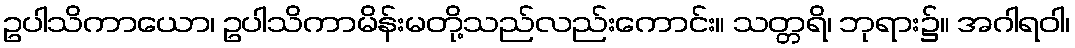
ဥပါသိကာယော၊ ဥပါသိကာမိန်းမတို့သည်လည်းကောင်း။ သတ္တရိ၊ ဘုရား၌။ အဂါရဝါ၊